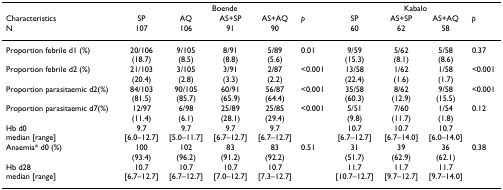
<table><thead><tr><td></td><td colspan="5"><b>Boende</b></td><td colspan="4"><b>Kabalo</b></td></tr><tr><td><b>CharacteristicsN</b></td><td><b>SP107</b></td><td><b>AQ106</b></td><td><b>AS+SP91</b></td><td><b>AS+AQ90</b></td><td><b><i>p</i></b></td><td><b>SP60</b></td><td><b>AS+SP62</b></td><td><b>AS+AQ58</b></td><td><b><i>p</i></b></td></tr></thead><tbody><tr><td>Proportion febrile d1 (%)</td><td>20/106(18.7)</td><td>9/105(8.5)</td><td>8/91(8.8)</td><td>5/89(5.6)</td><td>0.01</td><td>9/59(15.3)</td><td>5/62(8.1)</td><td>5/58(8.6)</td><td>0.37</td></tr><tr><td>Proportion febrile d2 (%)</td><td>21/103(20.4)</td><td>3/105(2.8)</td><td>3/91(3.3)</td><td>2/87(2.2)</td><td>&lt;0.001</td><td>13/58(22.4)</td><td>1/62(1.6)</td><td>1/58(1.7)</td><td>&lt;0.001</td></tr><tr><td>Proportion parasitaemic d2(%)</td><td>84/103(81.5)</td><td>90/105(85.7)</td><td>60/91(65.9)</td><td>56/87(64.4)</td><td>&lt;0.001</td><td>35/58(60.3)</td><td>8/62(12.9)</td><td>9/58(15.5)</td><td>&lt;0.001</td></tr><tr><td>Proportion parasitaemic d7(%)</td><td>12/97(11.4)</td><td>6/98(6.1)</td><td>25/89(28.1)</td><td>25/85(29.4)</td><td>&lt;0.001</td><td>5/51(9.8)</td><td>7/60(11.7)</td><td>1/54(1.8)</td><td>0.12</td></tr><tr><td>Hb d0median [range]</td><td>9.7[6.0–12.7]</td><td>9.7[5.0–11.7]</td><td>9.7[6.7–12.7]</td><td>9.7[6.7–12.7]</td><td></td><td>10.7[6.7–12.7]</td><td>10.7[6.7–14.0]</td><td>10.7[6.0–14.0]</td><td></td></tr><tr><td>Anaemia* d0 (%)</td><td>100(93.4)</td><td>102(96.2)</td><td>83(91.2)</td><td>83(92.2)</td><td>0.51</td><td>31(51.7)</td><td>39(62.9)</td><td>36(62.1)</td><td>0.38</td></tr><tr><td>Hb d28median [range]</td><td>10.7[6.7–12.7]</td><td>10.7[6.7–12.7]</td><td>10.7[7.0–12.7]</td><td>10.7[7.3–12.7]</td><td></td><td>11.7[10.7–12.7]</td><td>11.7[9.7–12.7]</td><td>11.7[9.7–14.0]</td><td></td></tr></tbody></table>